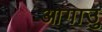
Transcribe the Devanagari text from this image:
आगाउु